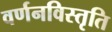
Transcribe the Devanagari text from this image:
वर्णनविस्तृति